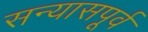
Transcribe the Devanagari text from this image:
सन्यासपूर्व